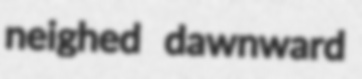
neighed dawnward